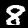
Digit: 8